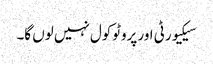
سیکیورٹی اور پروٹوکول نہیں لوں گا۔